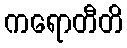
ကရောတီတိ